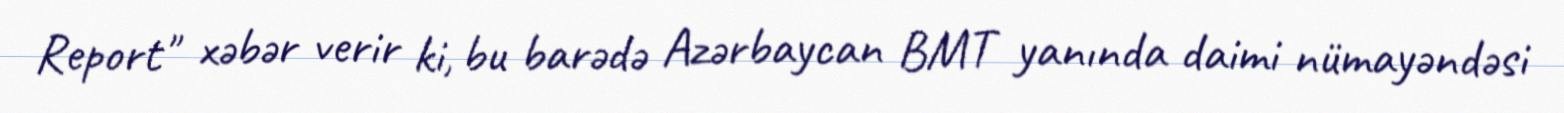
Report" xəbər verir ki, bu barədə Azərbaycan BMT yanında daimi nümayəndəsi